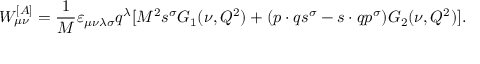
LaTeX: W _ { \mu \nu } ^ { [ A ] } = \frac { 1 } { M } \varepsilon _ { \mu \nu \lambda \sigma } q ^ { \lambda } [ M ^ { 2 } s ^ { \sigma } G _ { 1 } ( \nu , Q ^ { 2 } ) + ( p \cdot q s ^ { \sigma } - s \cdot q p ^ { \sigma } ) G _ { 2 } ( \nu , Q ^ { 2 } ) ] .